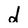
Character: d